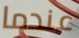
عندما